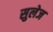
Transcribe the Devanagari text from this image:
सुलेज